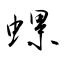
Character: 螺